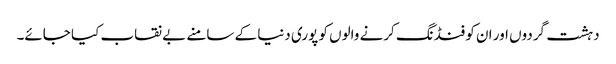
دہشت گردوں اور ان کو فنڈنگ کرنے والوں کو پوری دنیا کے سامنے بے نقاب کیا جائے۔